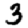
Digit: 3